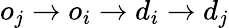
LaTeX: o_{j}\rightarrow o_{i}\rightarrow d_{i}\rightarrow d_{j}